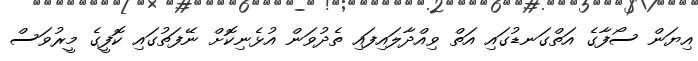
އިޔަން ސޯފާގެ އަތްގަނޑުގައި އަތް ވިއްދާލައިފައި ތެދުވަން އުޅެނިކޮށް ނޭފަތުގައި ކޮފީގެ މީރުވަސް